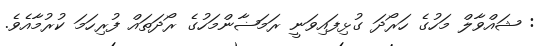
: ޝައްވާލް މަހުގެ ހަރޯދަ ގުޅިފައިވަނީ ރަމަޟާންމަހުގެ ރޯދަތައް ފުރިހަމަ ކުރުމާއެވެ.